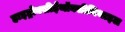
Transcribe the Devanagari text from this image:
हाइड्रोक्सीईथॉक्सीमिथाइल